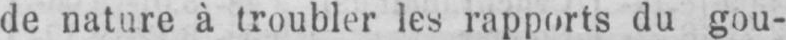
de nature à troubler les rapports du gou-